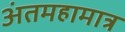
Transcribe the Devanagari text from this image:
अंतमहामात्र